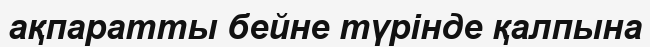
ақпаратты бейне түрінде қалпына